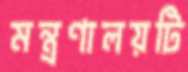
মন্ত্রণালয়টি